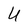
Character: U